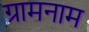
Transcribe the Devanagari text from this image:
ग्रामनाम